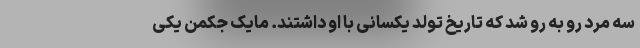
سه مرد رو به رو شد که تاریخ تولد یکسانی با او داشتند. مایک جکمن یکی